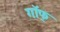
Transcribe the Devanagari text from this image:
गॉफ्